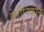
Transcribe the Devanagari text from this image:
हेलीनिकोन